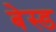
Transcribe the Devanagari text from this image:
बेस्‍ड